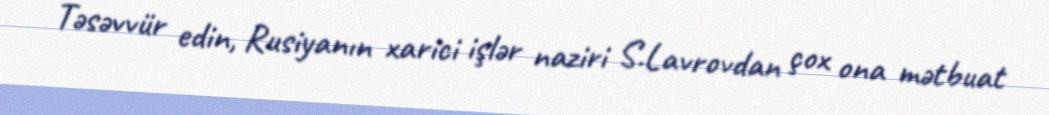
Təsəvvür edin, Rusiyanın xarici işlər naziri S.Lavrovdan çox ona mətbuat